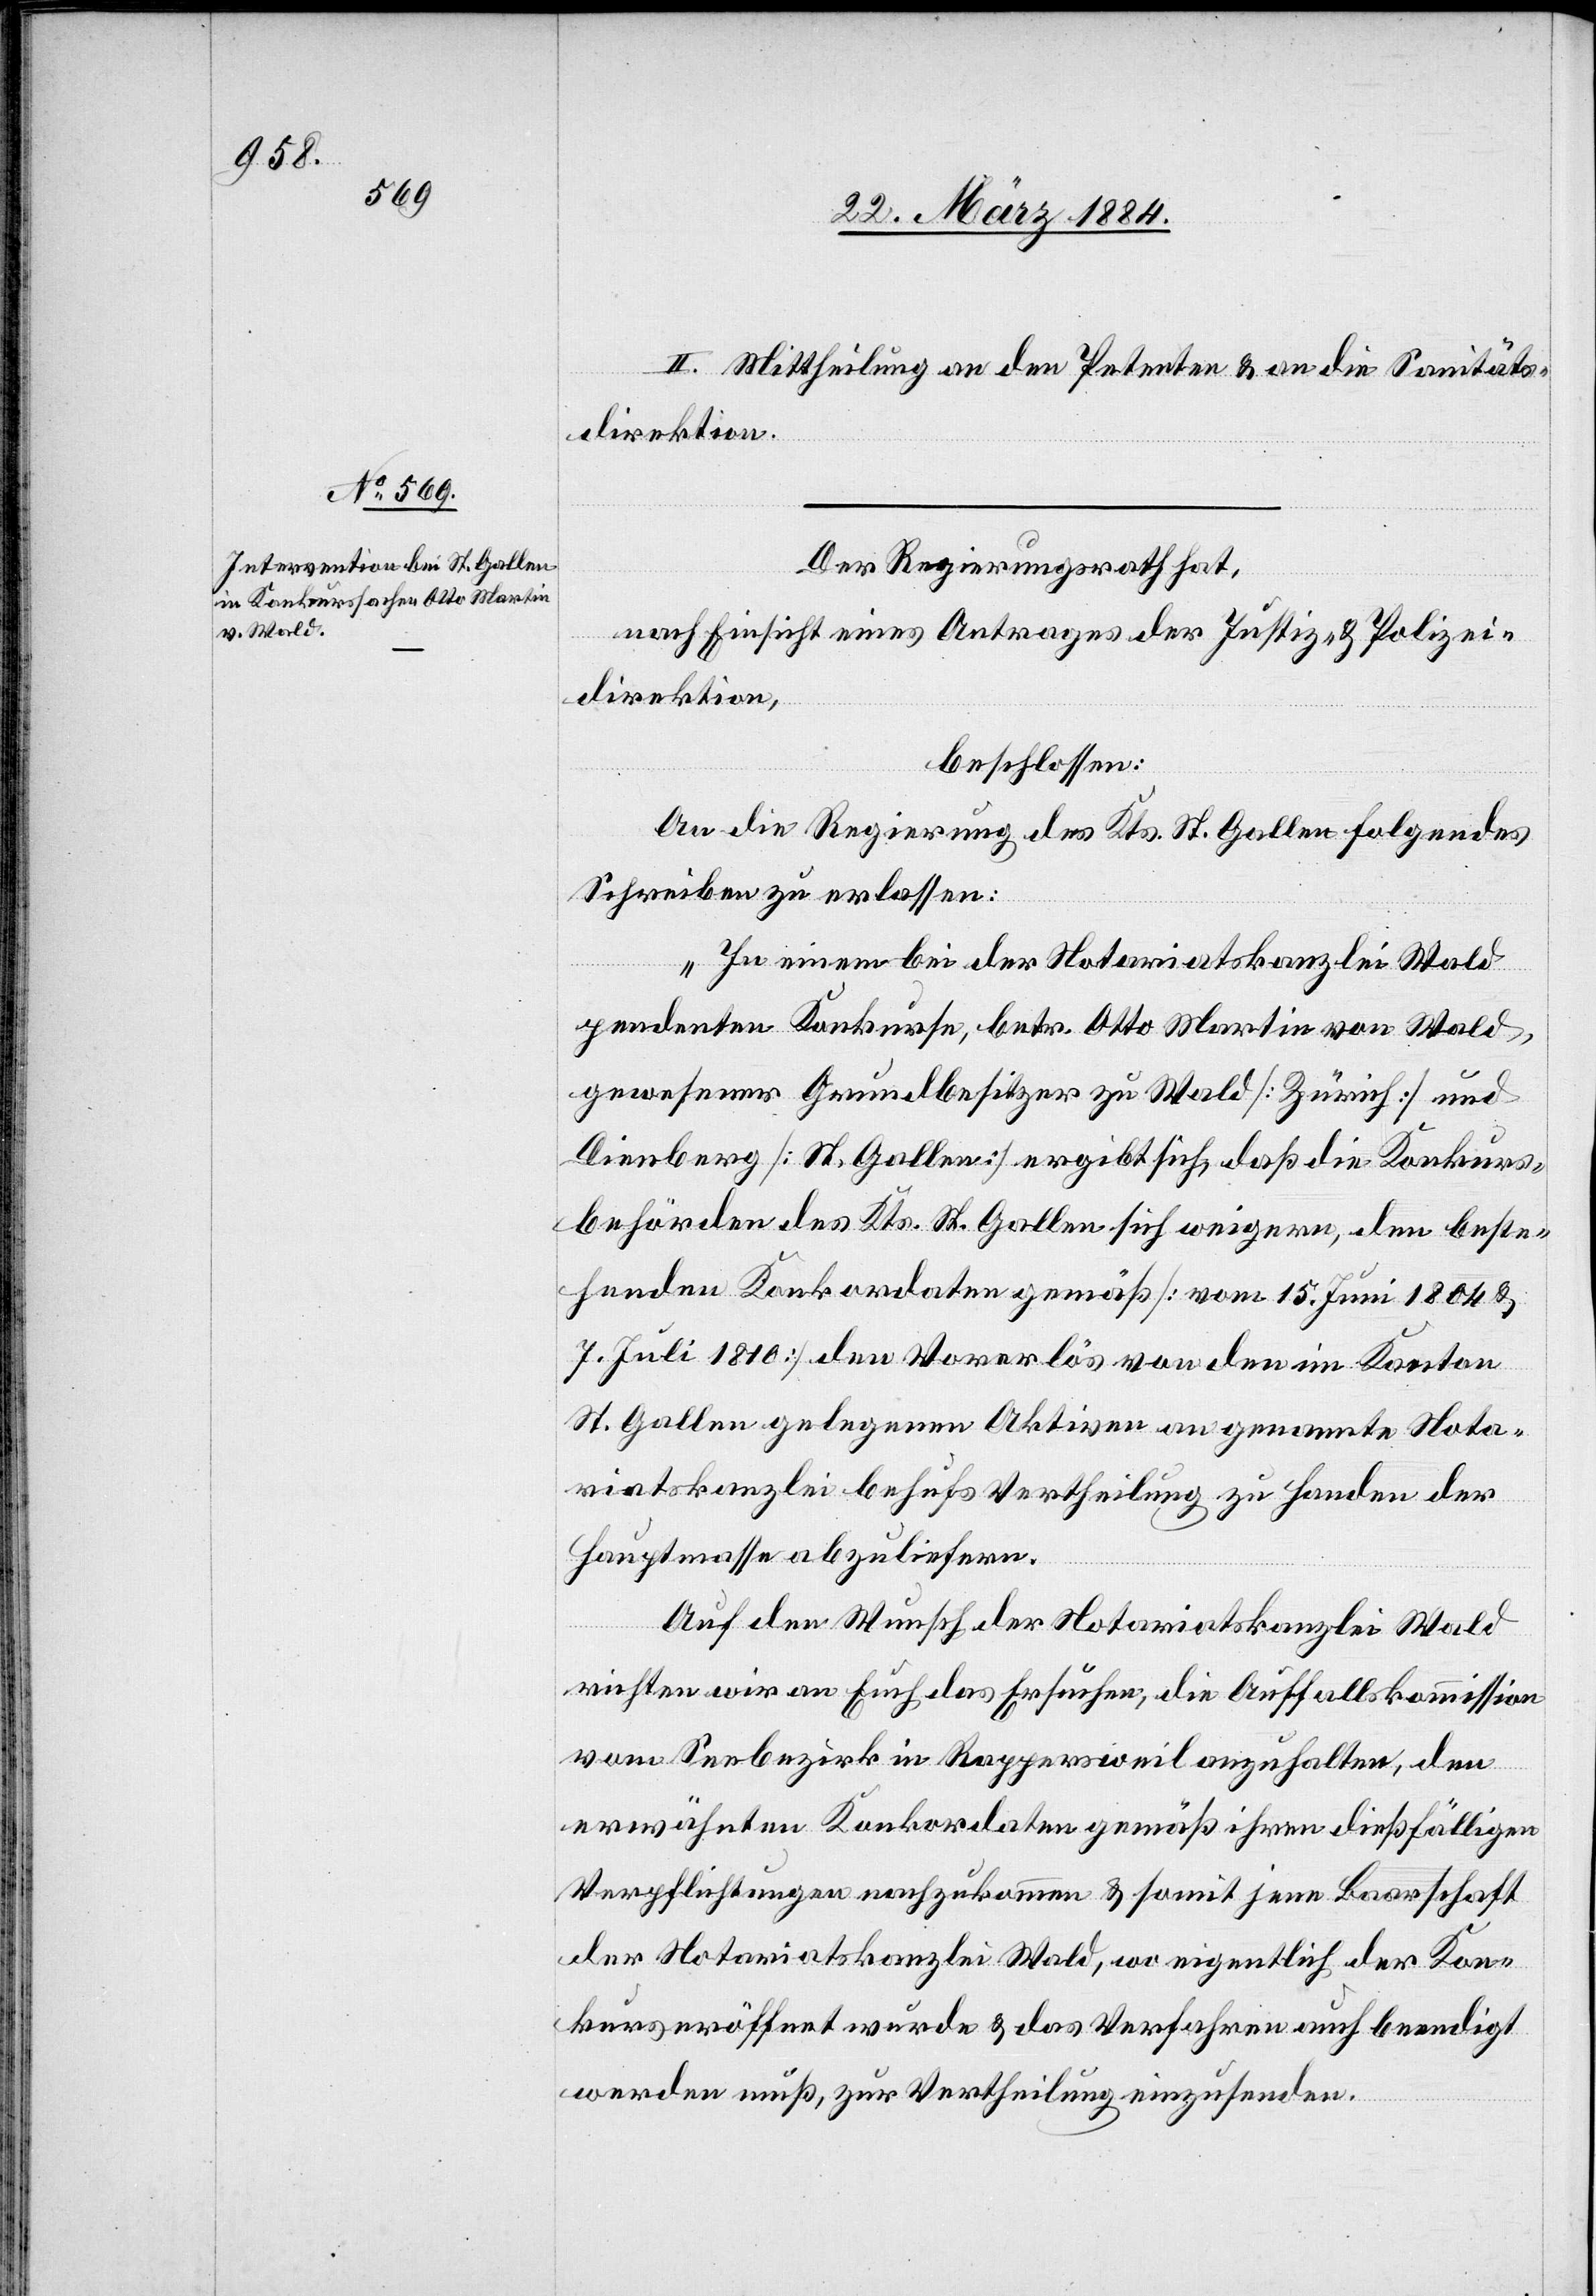
II. Mittheilung an den Petenten & an die Sanitäts¬
direktion.
Der Regierungsrath hat,
nach Einsicht eines Antrages der Justiz & Polizei¬
direktion,
beschlossen:
An die Regierung des Kts. St. Gallen folgendes
Schreiben zu erlassen:
„In einem bei der Notariatskanzlei Wald
pendenten Konkurse, betr. Otto Martin von Wald,
gewesener Grundbesitzer zu Wald [Zürich] und
Dienberg [St. Gallen] ergibt sich, daß die Konkurs¬
behörde des Kts. St. Gallen sich weigere, den beste¬
henden Konkordaten gemäß [vom 15. Juni 1804 &
7. Juli 1810] den Vorerlös von den im Kanton
St. Gallen gelegenen Aktiven an genannte Nota¬
riatskanzlei behufs Vertheilung zu Handen der
Hauptmasse abzuliefern.
Auf den Wunsch der Notariatskanzlei Wald
richten wir an Euch das Ersuchen, die Auffallskommission
vom Seebezirk in Rappersweil anzuhalten, den
erwähnten Konkordaten gemäß ihren dießfälligen
Verpflichtungen nachzukommen & somit jene Baarschaft
der Notariatskanzlei Wald, wo eigentlich der Kon¬
kurs eröffnet wurde & das Verfahren auch beendigt
werden muß, zur Vertheilung einzusenden.